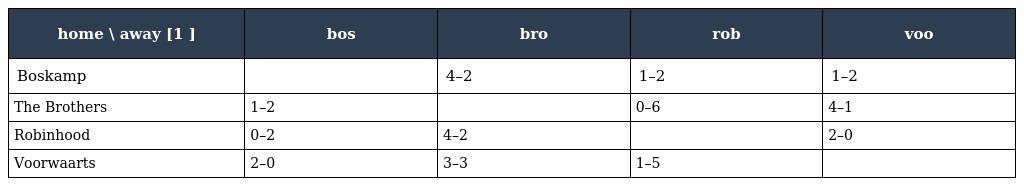
| home \ away [1 ] | bos | bro | rob | voo |
 | --- | --- | --- | --- | --- |
 | Boskamp |  | 4–2 | 1–2 | 1–2 |
 | The Brothers | 1–2 |  | 0–6 | 4–1 |
 | Robinhood | 0–2 | 4–2 |  | 2–0 |
 | Voorwaarts | 2–0 | 3–3 | 1–5 |  |